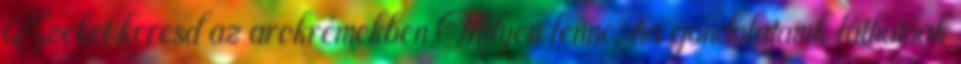
Ezeket keresd az arckrémekben Milyen lenne, ha gondolataink láthatóak